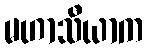
မဟာသီယာက